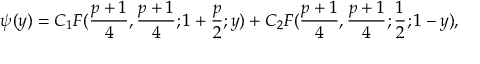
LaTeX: \psi ( y ) = C _ { 1 } F ( { \frac { p + 1 } { 4 } } , { \frac { p + 1 } { 4 } } ; 1 + { \frac { p } { 2 } } ; y ) + C _ { 2 } F ( { \frac { p + 1 } { 4 } } , { \frac { p + 1 } { 4 } } ; { \frac { 1 } { 2 } } ; 1 - y ) ,